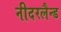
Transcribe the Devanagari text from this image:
नीदरलैन्ड